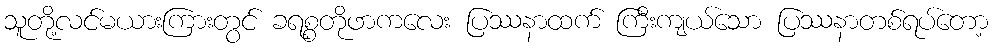
သူတို့လင်မယားကြားတွင် ခရစ္စတိုဖာကလေး ပြဿနာထက် ကြီးကျယ်သော ပြဿနာတစ်ရပ်တော့